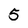
Character: 5